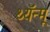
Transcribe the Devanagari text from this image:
थ्यॅन्मू